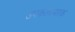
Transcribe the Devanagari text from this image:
उपकलापरक